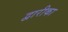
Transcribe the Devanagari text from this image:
द्वारीका